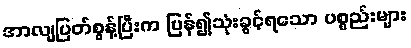
အာလျပြတ်စွန့်ပြီးက ပြန်၍သုံးခွင့်ရသော ပစ္စည်းများ